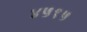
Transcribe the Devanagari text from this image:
४५१५